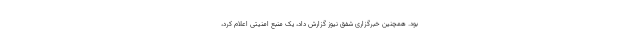
بود. همچنین خبرگزاری شفق نیوز گزارش داد، یک منبع امنیتی اعلام کرد،